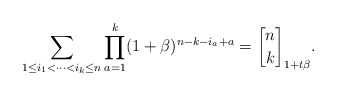
\begin{gather*}\sum_{1 \le i_1 < \cdots < i_k \le n } \prod_{a= 1}^{k} (1+\beta)^{n-k-i_{a}+a} = {n \brack k}_{1+t \beta}.\end{gather*}